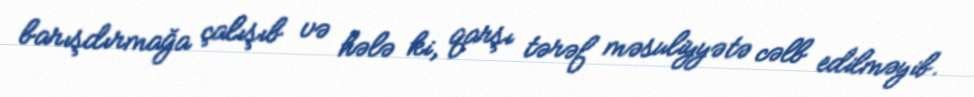
barışdırmağa çalışıb və hələ ki, qarşı tərəf məsuliyyətə cəlb edilməyib.